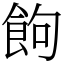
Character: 䬲